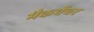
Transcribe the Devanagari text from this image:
मैकवेंचर